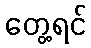
တွေ့ရင်